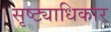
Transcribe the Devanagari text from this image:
सृष्ट्याधिकार